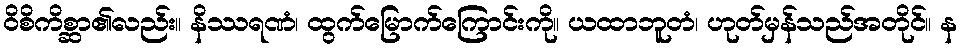
ဝိစိကိစ္ဆာ၏လည်း။ နိဿရဏံ၊ ထွက်မြောက်ကြောင်းကို။ ယထာဘူတံ၊ ဟုတ်မှန်သည်အတိုင်။ န